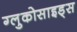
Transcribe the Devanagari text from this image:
ग्लुकोसाइड्‌स